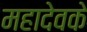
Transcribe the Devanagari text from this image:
महादेवके